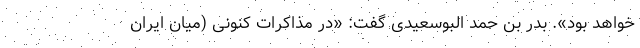
خواهد بود». بدر بن حمد البوسعیدی گفت: «در مذاکرات کنونی (میان ایران